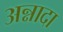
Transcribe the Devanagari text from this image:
अन्नादा